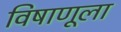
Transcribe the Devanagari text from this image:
विषाणूला